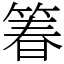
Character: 箺